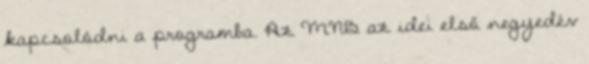
kapcsolódni a programba. Az MNB az idei első negyedév